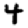
Digit: 4